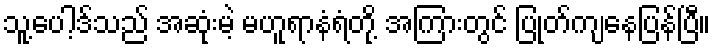
သူ့ပေါ့ဒ်သည် အဆုံးမဲ့ မဟူရာနံရံတို့ အကြားတွင် ပြုတ်ကျနေပြန်ပြီ။